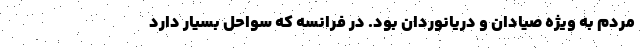
مردم به ویژه صیادان و دریانوردان بود. در فرانسه که سواحل بسیار دارد